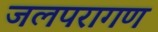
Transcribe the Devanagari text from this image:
जलपरागण